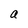
Character: a